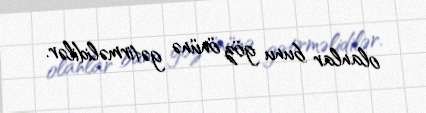
olanlar bunu göz önünə gətirməlidilər.